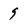
Character: 9